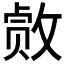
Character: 𫿂